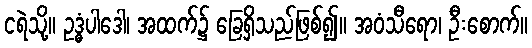
ငရဲသို့။ ဥဒ္ဓံပါဒေါ၊ အထက်၌ ခြေရှိသည်ဖြစ်၍။ အဝံသီရော၊ ဦးစောက်။